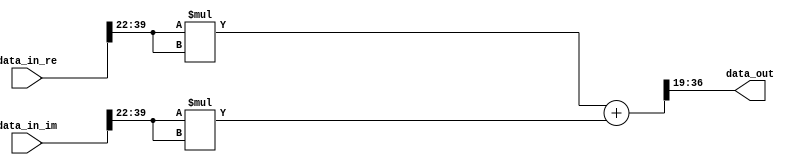
// -------------------------------------------------------------
// 
// 
// Generated by MATLAB 9.9 and HDL Coder 3.17
// 
// -------------------------------------------------------------


// -------------------------------------------------------------
// 
// Module: Compute_Power
// Source Path: project_detect/Pulse Detector/Compute Power
// Hierarchy Level: 1
// 
// -------------------------------------------------------------

`timescale 1 ns / 1 ns

module Compute_Power
          (data_in_re,
           data_in_im,
           data_out);


  input   signed [39:0] data_in_re;  // sfix40_En37
  input   signed [39:0] data_in_im;  // sfix40_En37
  output  signed [17:0] data_out;  // sfix18_En11


  wire signed [17:0] Data_Type_Conversion1_out1_re;  // sfix18_En15
  wire signed [17:0] Data_Type_Conversion1_out1_im;  // sfix18_En15
  wire signed [35:0] Product_out1;  // sfix36_En30
  wire signed [35:0] Product1_out1;  // sfix36_En30
  wire signed [36:0] Add_add_cast;  // sfix37_En30
  wire signed [36:0] Add_add_cast_1;  // sfix37_En30
  wire signed [36:0] Add_out1;  // sfix37_En30
  wire signed [17:0] Data_Type_Conversion_out1;  // sfix18_En11


  assign Data_Type_Conversion1_out1_re = data_in_re[39:22];
  assign Data_Type_Conversion1_out1_im = data_in_im[39:22];



  assign Product_out1 = Data_Type_Conversion1_out1_re * Data_Type_Conversion1_out1_re;



  assign Product1_out1 = Data_Type_Conversion1_out1_im * Data_Type_Conversion1_out1_im;



  assign Add_add_cast = {Product_out1[35], Product_out1};
  assign Add_add_cast_1 = {Product1_out1[35], Product1_out1};
  assign Add_out1 = Add_add_cast + Add_add_cast_1;



  assign Data_Type_Conversion_out1 = Add_out1[36:19];



  assign data_out = Data_Type_Conversion_out1;

endmodule  // Compute_Power